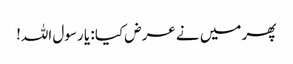
پھر میں نے عرض کیا : یا رسول اللہ!